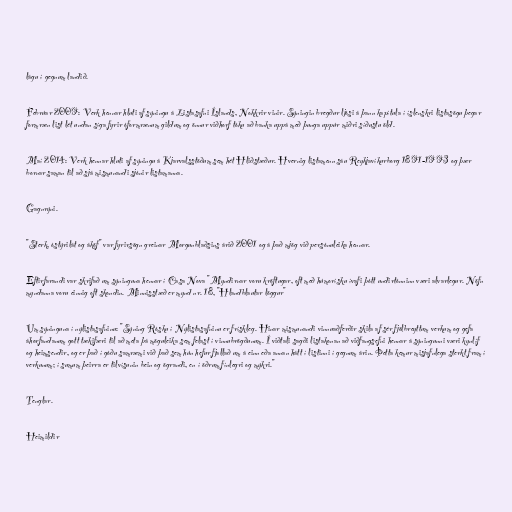
lágu í gegnum landið.

Febrúar 2009: Verk hennar hluti af sýningu á Listasafni Íslands, Nokkrir vinir. Sýningin bregður ljósi á þann kapítula í íslenskri listasögu þegar
formræn list lét undan síga fyrir óformrænum gildum og önnur viðhorf tóku að banka uppá með þunga uppúr miðri síðustu öld.

Maí 2014: Verk hennar hluti af sýningu á Kjarvalsstöðum sem hét Hliðstæður. Hvernig listamenn sáu Reykjavíkurborg 1891-1993 og þær
bornar saman til að sjá mismunandi sjónir listamanna.

Gagnrýni.

"Sterk, óstýrilát og áköf" var fyrirsögn greinar Morgunblaðsins árið 2001 og á það mjög við persónuleika hennar.

Eftirfarandi var skrifað um sýninguna hennar í Casa Nova "Myndirnar voru kröftugar, oft með húmorísku ívafi þótt undirtónninn væri alvarlegur. Nöfn
myndanna voru einnig oft skondin. Minnisstæð er mynd nr. 18, "Hlandblautar löggur"

Um sýninguna í nýlistasafninu: "Sýning Rósku í Nýlistasafninu er frískleg. Hinar mismunandi vinnuaðferðir skila af sér fjölbreyttum verkum og gefa
áhorfandanum gott tækifæri til að meta þá möguleika sem felast í vinnubrögðunum. Í viðtali sagði listakonan að viðfangsefni hennar á sýningunni væri kynlíf
og heimsendir, og er það í góðu samræmi við það sem hún hefur fjallað um á einn eða annan hátt í listinni í gegnum árin. Þetta kemur misjafnlega sterkt fram í
verkunum; í sumum þeirra er tilvísunin bein og ögrandi, en í öðrum fínlegri og mýkri."

Tenglar.

Heimildir